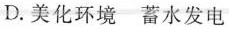
D.美化环境 蓄水发电